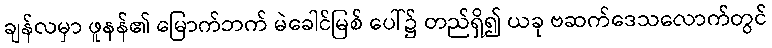
ချန်လမှာ ဖူနန်၏ မြောက်ဘက် မဲခေါင်မြစ် ပေါ်၌ တည်ရှိ၍ ယခု ဗဆက်ဒေသလောက်တွင်